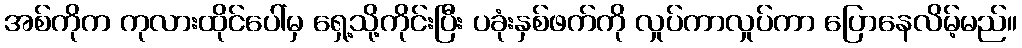
အစ်ကိုက ကုလားထိုင်ပေါ်မှ ရှေ့သို့ကိုင်းပြီး ပခုံးနှစ်ဖက်ကို လှုပ်ကာလှုပ်ကာ ပြောနေလိမ့်မည်။